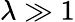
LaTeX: \lambda\gg 1